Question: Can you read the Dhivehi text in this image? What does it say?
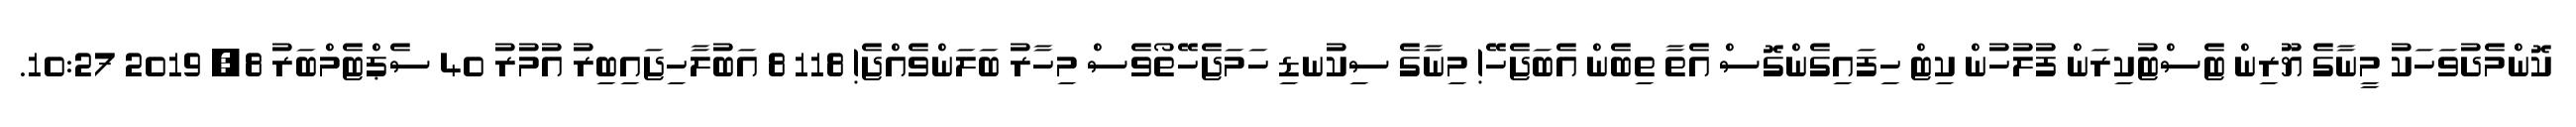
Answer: ކޮންމެދުވަހަކު މީނާގެ ޔޫރިން ޓެސްޓުކިރަން ފުލުހުން ކިޓް ހިފައިގެންގޮސް އެތާ ތިބެން އެބަޖެހޭ! މިނާގެ ސިކުނޑި ހަމަޖެހޭތޯވެސް މިހާރު ބަލަންވެއްޖެ! 118 8 އަބުލާހިޖައިބިރު އުމުރު 40 ސެޕްޓެމްބަރު 8, 2019 10:27.